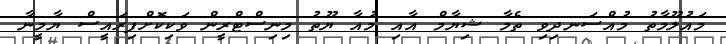
މައުލޫމާތު މުއްސަނދިވި ތެމާ ޝިޔާމް އާއި މުއާ ޔޫތު މިނިސްޓްރީން ވަކިކޮށްފިރައީސް ޔާމީނާ